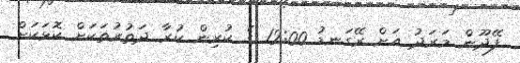
ފޭދޫން މަރަދު އަށް ރޭގަނޑު 12:00 ގެ ކުރިން ކުރާ ދަތުރުތަކަށް ކޮޅަކަށް